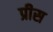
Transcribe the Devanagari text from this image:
प्रीस